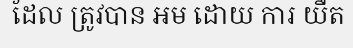
ដែល ត្រូវបាន អម ដោយ ការ យឺត